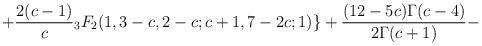
LaTeX: \begin{align*}+\frac{2(c-1)}{c}{}_3F_2(1,3-c,2-c;c+1,7-2c;1)\}+\frac{(12-5c)\Gamma(c-4)}{2\Gamma(c+1)}-\end{align*}